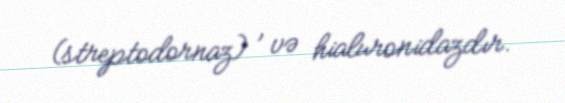
(streptodornaz) , və hialuronidazdır.